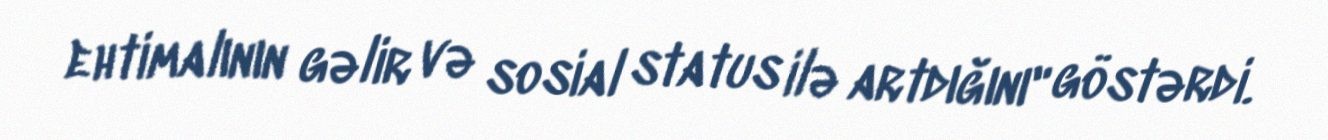
ehtimalının gəlir və sosial status ilə artdığını" göstərdi.